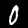
Label: 0